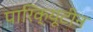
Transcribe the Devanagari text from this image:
पारिक्यूटीन